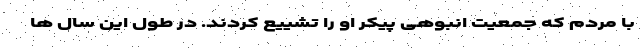
با مردم که جمعیت انبوهی پیکر او را تشییع کردند. در طول این سال ها